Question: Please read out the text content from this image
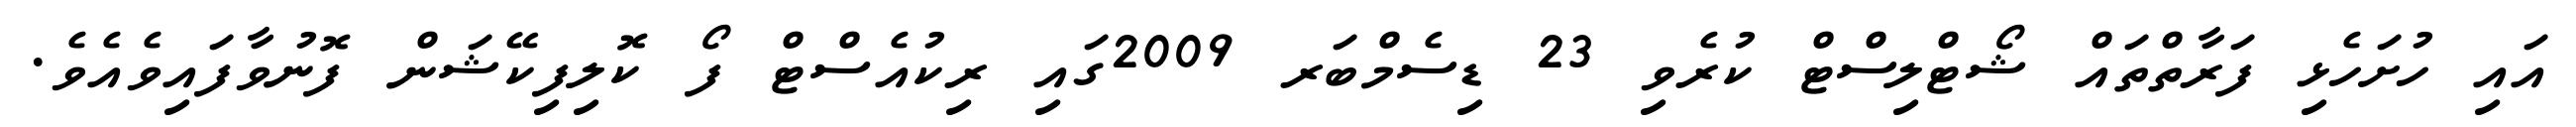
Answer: އައި ހުށަހެޅި ފަރާތްތައް ޝޯޓްލިސްޓް ކުރެވި 23 ޑިސެމްބަރ 2009ގައި ރިކުއެސްޓް ފޯ ކޮލިފިކޭޝަން ފޮނުވާފައިވެއެވެ.